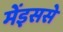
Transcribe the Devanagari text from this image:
मेंइससे